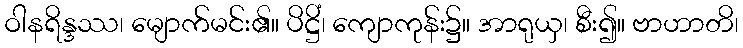
ဝါနရိန္ဒဿ၊ မျောက်မင်း၏။ ပိဋ္ဌိံ၊ ကျောကုန်း၌။ အာရုယှ၊ စီး၍။ ဗာဟာတိ၊